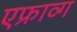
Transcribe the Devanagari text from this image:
एफ्राव्ग